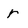
Character: r